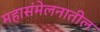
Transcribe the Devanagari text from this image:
महासंमेलनातील